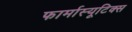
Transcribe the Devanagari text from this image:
फार्मास्यूटिक्स